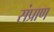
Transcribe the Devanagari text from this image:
संप्राण